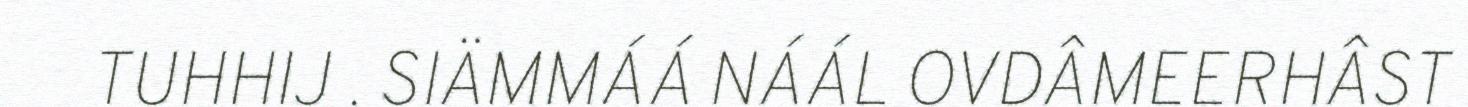
TUHHIJ . SIÄMMÁÁ NÁÁL OVDÂMEERHÂST